Report on vaccination North-West Frontier Province 1904-1922 - 1904-1922
Year: 1904
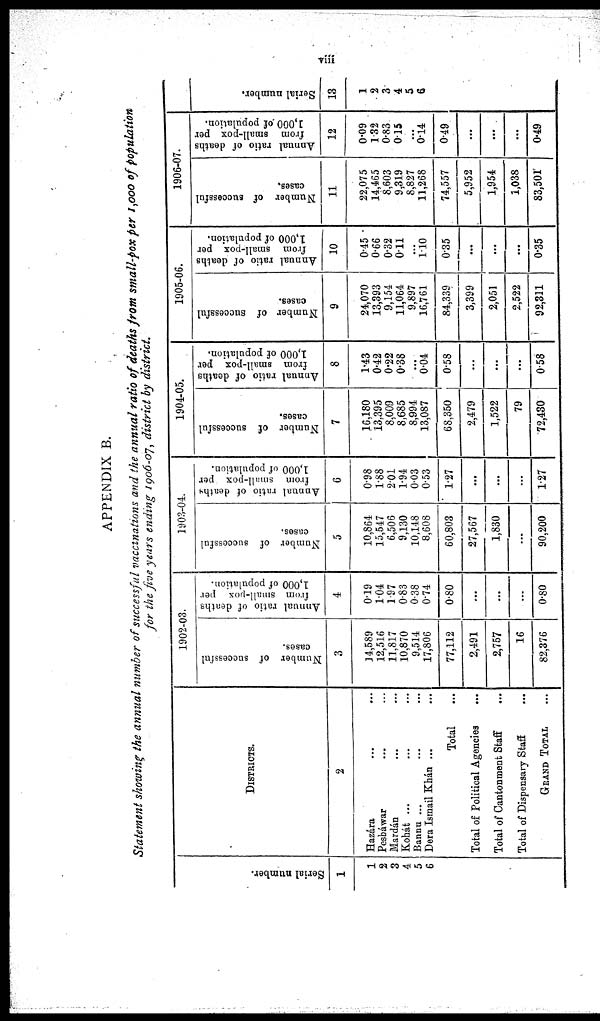
viii
APPENDIX B.
Statement showing the annual number of successful vaccinations and the annual ratio of deaths from small-pox per 1,000 of population
for the five years ending 1906-07, district by district.
Serial number.
1
1
2
3
4
5
6
DISTRICTS.
2
Hazára ... ...
Pesháwar ... ...
Mardán ... ...
Kohát ... ... ...
Bannu ... ... ...
Dera Ismail Khán ... ...
Total ...
Total of Political Agencies ...
Total of Cantonment Staff ...
Total of Dispensary Staff ...
GRAND TOTAL ...
1902-03.
Number of successful
cases.
3
14,589
12,516
11,817
10,870
9,514
17,806
77,112
2,491
2,757
16
82,376
Annual ratio of deaths
from small-pox per
1,000 of population.
4
0.19
1.04
1.97
0.83
0.38
0.74
0.80
...
...
...
0.80
1903-04.
Number of successful
cases.
5
10,864
15,547
6,506
9,130
10,148
8,608
60,803
27,567
1,830
...
90,200
Annual ratio of deaths
from small-pox per
1,000 of population.
6
0.98
1.88
2.1
1.94
0.03
0.53
1.27
...
...
...
1.27
1904-05.
Number of successful
cases.
7
16,180
13,395
8,009
8,685
8,994
13,087
68,350
2,479
1,522
79
72,430
Annual ratio of deaths
from small-pox per
1,000 of population.
8
1.43
0.42
0.22
0.38
...
0.04
0.58
...
...
...
0.58
1905-06.
Number of successful
cases.
9
24,070
13,393
9,154
11,064
9,897
16,761
84,339
3,399
2,051
2,522
92,311
Annual ratio of deaths
from small-pox per
1,000 of population.
10
0.45
0.66
0.32
0.11
...
1.10
0.35
...
...
...
0.35
1906-07.
Number of successful
cases.
11
22,075
14,465
8,603
9,319
8,827
11,268
74,557
5,952
1,954
1,038
83,501
Annual ratio of deaths
from small-pox per
1,000 of population.
12
0.09
1.32
0.83
0.15
...
0.14
0.49
...
...
...
0.49
Serial number.
13
1
2
3
4
5
6